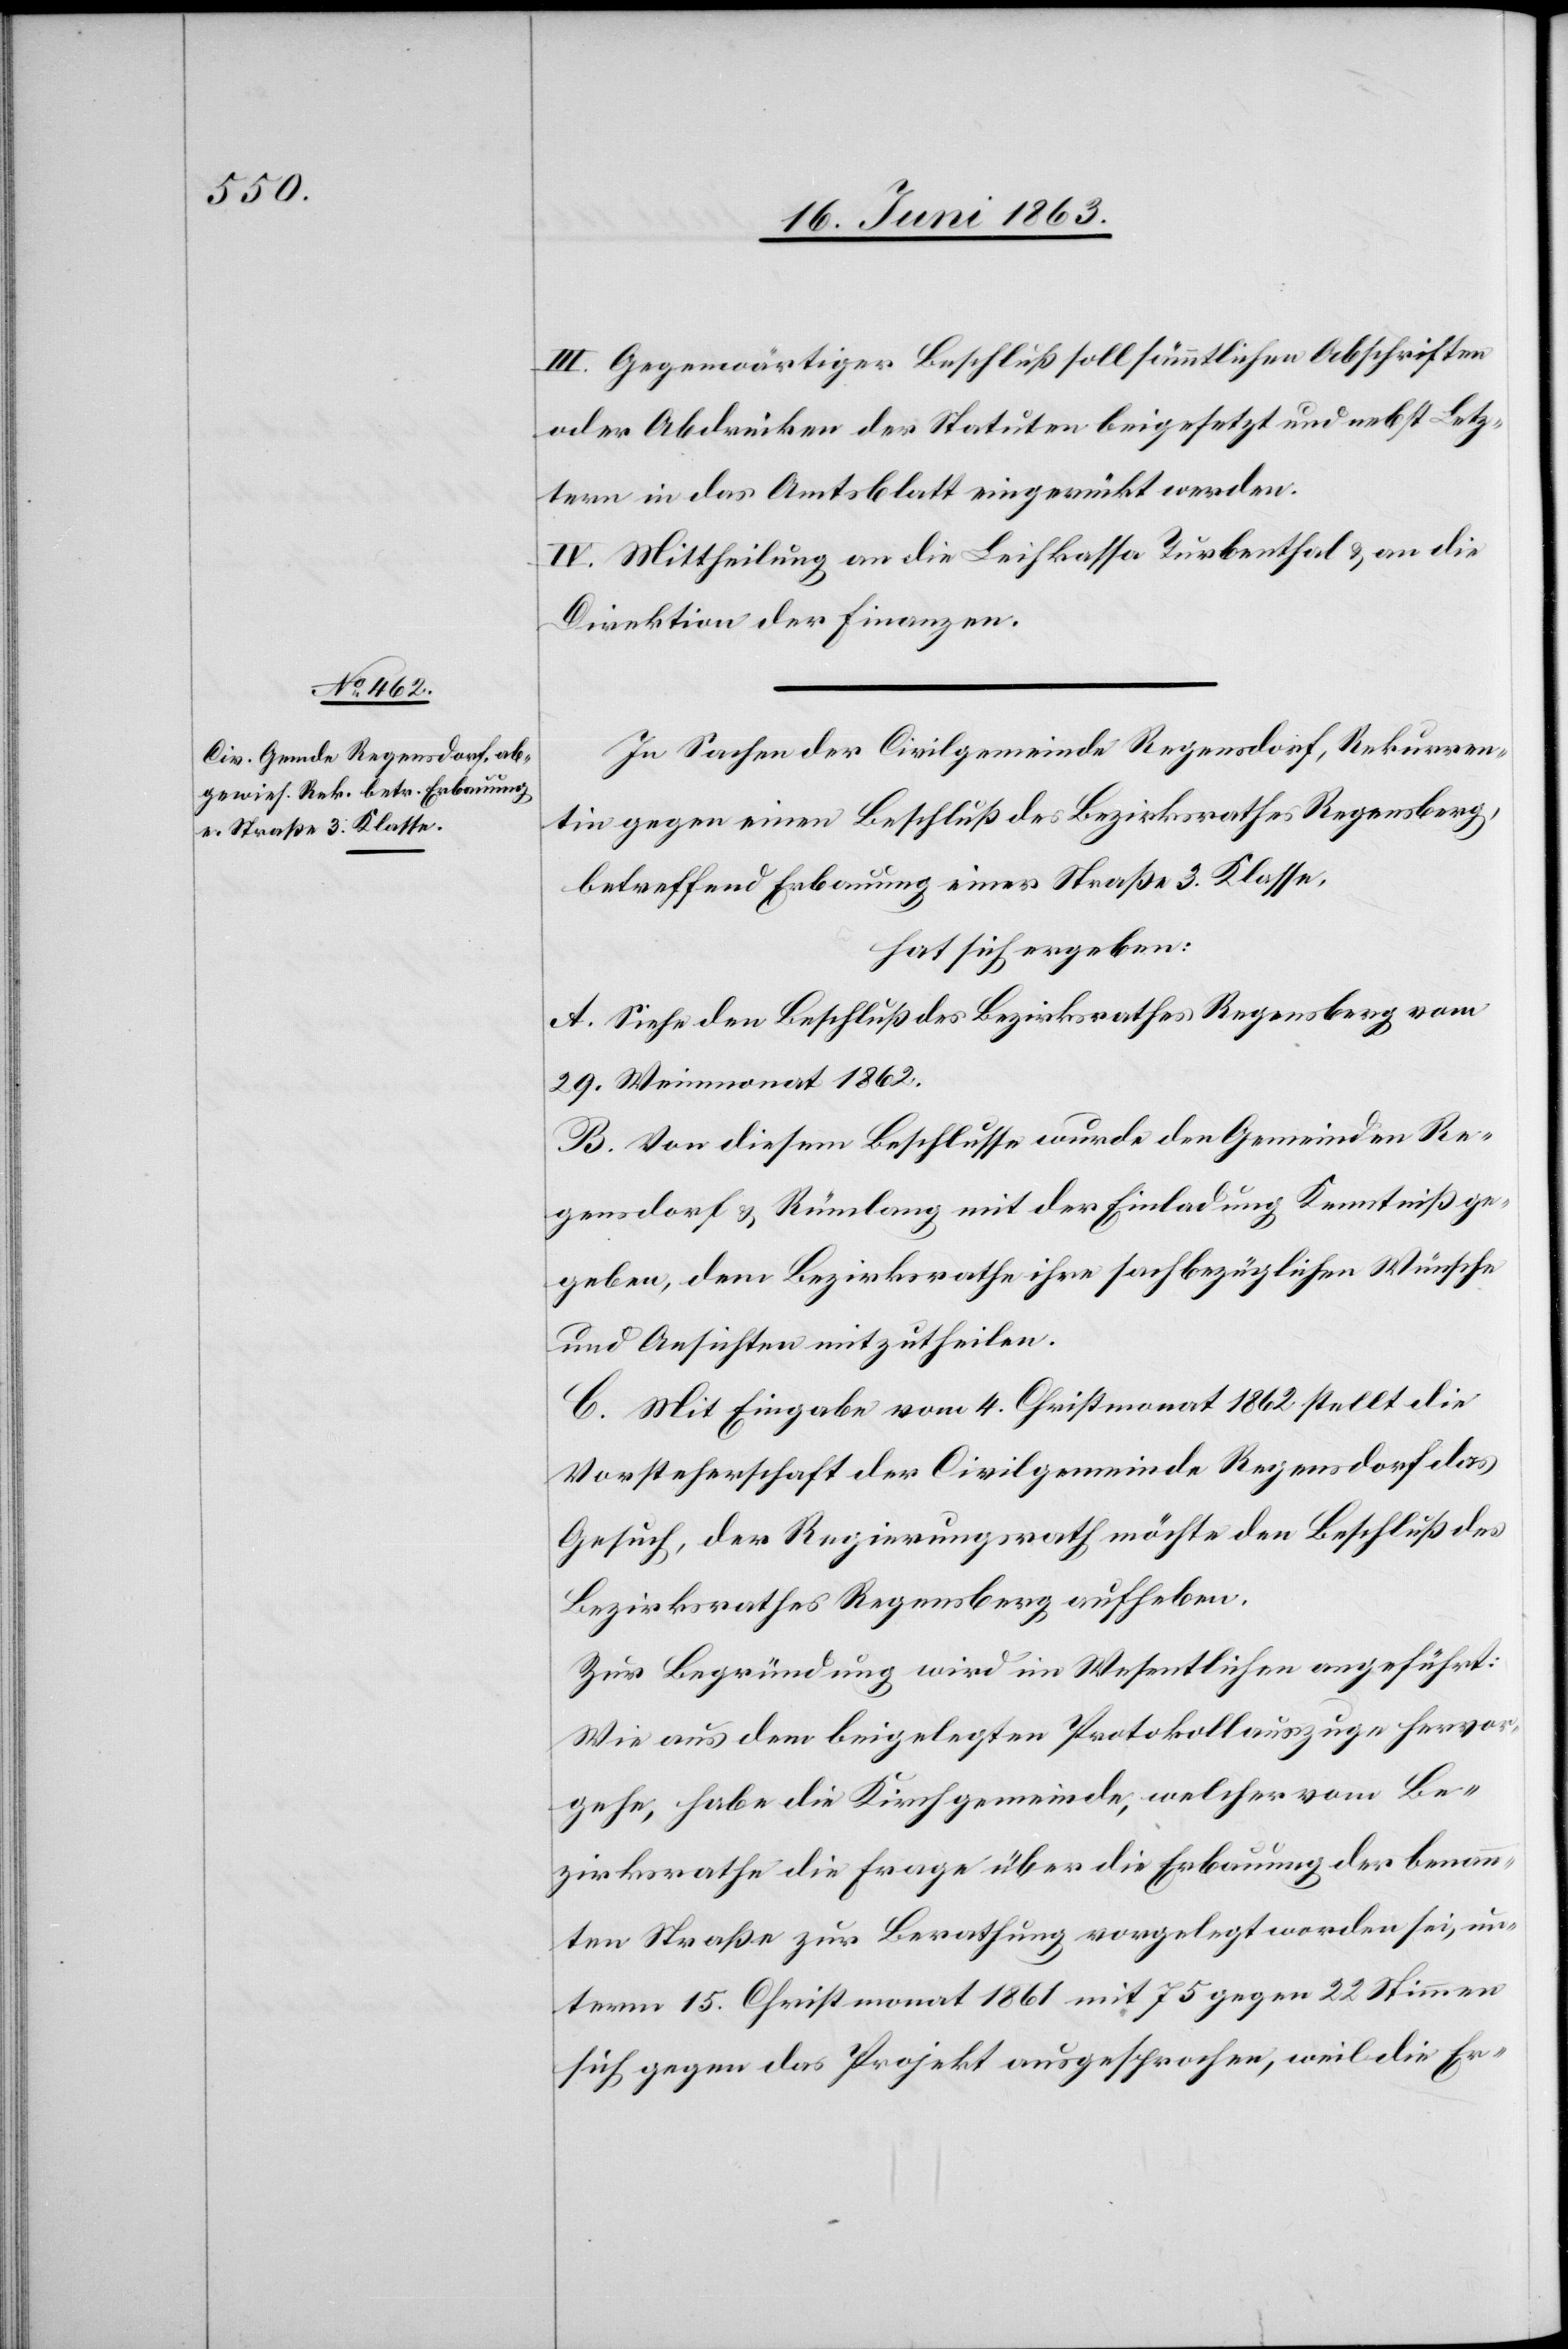
III. Gegenwärtiger Beschluß soll sämmtlichen Abschriften
oder Abdrücken der Statuten beigesetzt und nebst Letz¬
tern in das Amtsblatt eingerückt werden.
IV. Mittheilung an die Leihkassa Turbenthal & an die
Direktion der Finanzen.
In Sachen der Civilgemeinde Regensdorf, Rekurren¬
tin gegen einen Beschluß des Bezirksrathes Regensberg,
betreffend Erbauung einer Straße 3. Klasse,
hat sich ergeben:
A. Siehe den Beschluß des Bezirksrathes Regensberg vom
29. Weinmonat 1862.
B. Von diesem Beschlusse wurde den Gemeinden Re¬
gensdorf & Rümlang mit der Einladung Kenntniß ge¬
geben, dem Bezirksrathe ihre sachbezüglichen Wünsche
und Ansichten mitzutheilen.
C. Mit Eingabe vom 4. Christmonat 1862 stellt die
Vorsteherschaft der Civilgemeinde Regensdorf das
Gesuch, der Regierungsrath möchte den Beschluß des
Bezirksrathes Regensberg aufheben.
Zur Begründung wird im Wesentlichen angeführt:
Wie aus dem beigelegten Protokollauszuge hervor¬
gehe, habe die Kirchgemeinde, welcher vom Be¬
zirksrathe die Frage über die Erbauung der benann¬
ten Straße zur Berathung vorgelegt worden sei, un¬
term 15. Christmonat 1861 mit 75 gegen 22 Stimmen
sich gegen das Projekt ausgesprochen, weil die Er-